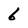
Character: 6